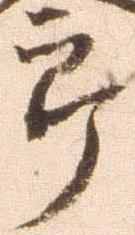
郎